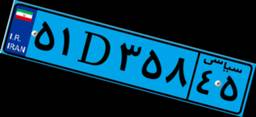
۵۱D۳۵۸۴۵